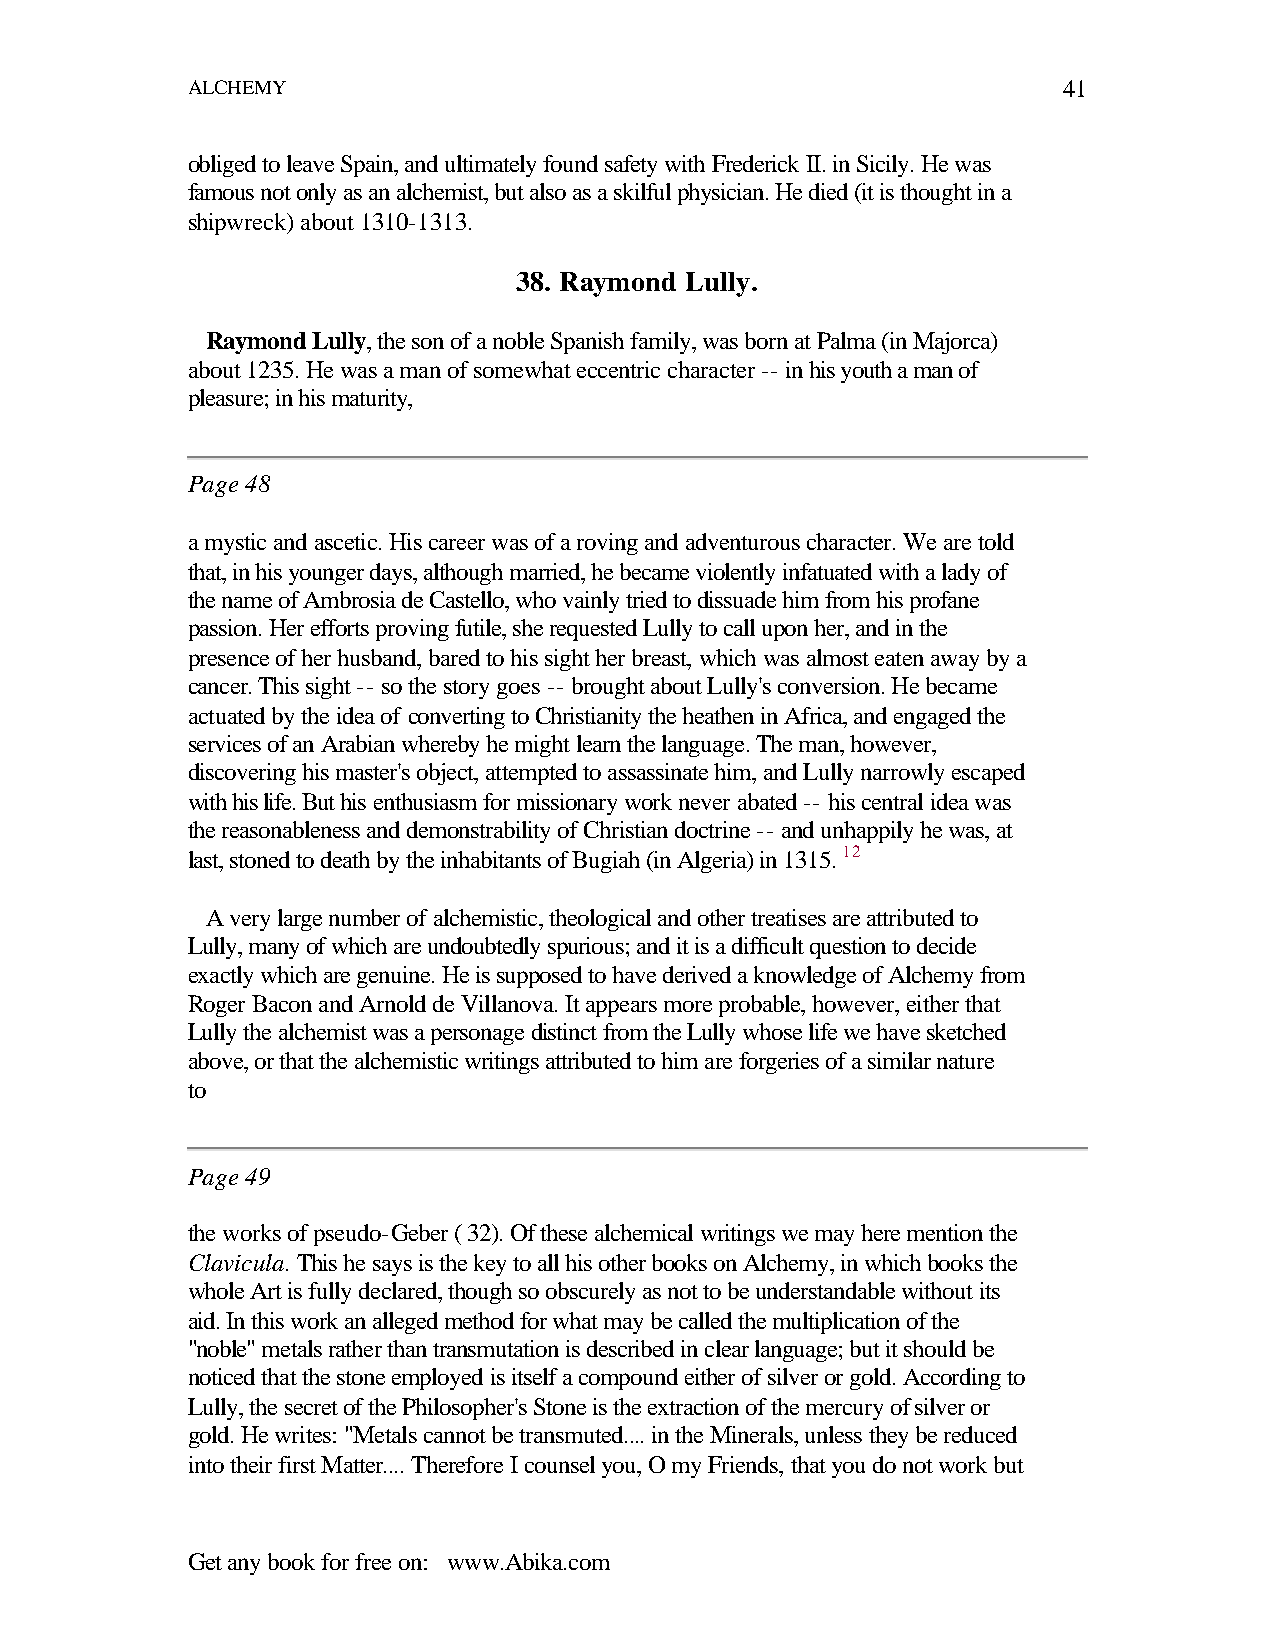
ALCHEMY                                                   41
 obliged to leave Spain, and ultimately found safety with Frederick II. in Sicily. He was
 famous not only as an alchemist, but also as a skilful physician. He died (it is thought in a
 shipwreck) about 1310-1313.
 38. Raymond Lully.
 Raymond Lully, the son of a noble Spanish family, was born at Palma (in Majorca)
 about 1235. He was a man of somewhat eccentric character -- in his youth a man of
 pleasure; in his maturity,
 Page 48
 a mystic and ascetic. His career was of a roving and adventurous character. We are told
 that, in his younger days, although married, he became violently infatuated with a lady of
 the name of Ambrosia de Castello, who vainly tried to dissuade him from his profane
 passion. Her efforts proving futile, she requested Lully to call upon her, and in the
 presence of her husband, bared to his sight her breast, which was almost eaten away by a
 cancer. This sight -- so the story goes -- brought about Lully's conversion. He became
 actuated by the idea of converting to Christianity the heathen in Africa, and engaged the
 services of an Arabian whereby he might learn the language. The man, however,
 discovering his master's object, attempted to assassinate him, and Lully narrowly escaped
 with his life. But his enthusiasm for missionary work never abated -- his central idea was
 the reasonableness and demonstrability of Christian doctrine -- and unhappily he was, at
 last, stoned to death by the inhabitants of Bugiah (in Algeria) in 1315. 12
 A very large number of alchemistic, theological and other treatises are attributed to
 Lully, many of which are undoubtedly spurious; and it is a difficult question to decide
 exactly which are genuine. He is supposed to have derived a knowledge of Alchemy from
 Roger Bacon and Arnold de Villanova. It appears more probable, however, either that
 Lully the alchemist was a personage distinct from the Lully whose life we have sketched
 above, or that the alchemistic writings attributed to him are forgeries of a similar nature
 to
 Page 49
 the works of pseudo-Geber ( 32). Of these alchemical writings we may here mention the
 Clavicula. This he says is the key to all his other books on Alchemy, in which books the
 whole Art is fully declared, though so obscurely as not to be understandable without its
 aid. In this work an alleged method for what may be called the multiplication of the
 "noble" metals rather than transmutation is described in clear language; but it should be
 noticed that the stone employed is itself a compound either of silver or gold. According to
 Lully, the secret of the Philosopher's Stone is the extraction of the mercury of silver or
 gold. He writes: "Metals cannot be transmuted.... in the Minerals, unless they be reduced
 into their first Matter.... Therefore I counsel you, O my Friends, that you do not work but
 Get any book for free on: www.Abika.com